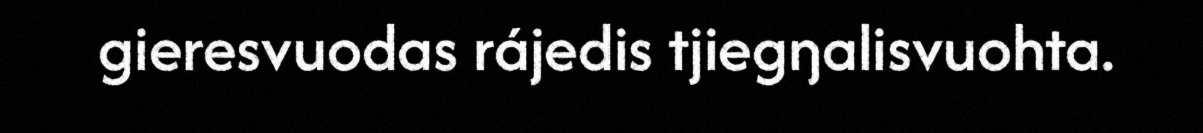
gieresvuodas rájedis tjiegŋalisvuohta.